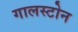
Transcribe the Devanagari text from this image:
गालस्टोन